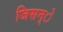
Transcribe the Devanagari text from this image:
जिसन्े